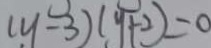
( y - 3 ) ( y + 2 ) = 0